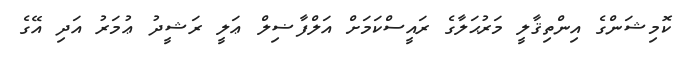
ކޮމިޝަންގެ އިންތިޤާލީ މަރުޙަލާގެ ރައީސްކަމަށް އަލްފާޟިލް ޢަލީ ރަޝީދު ޢުމަރު އަދި އޭގެ